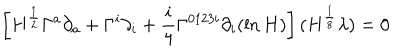
\left[ H ^ { \frac { 1 } { 2 } } \Gamma ^ { a } \partial _ { a } + \Gamma ^ { i } \partial _ { i } + \frac { i } { 4 } \Gamma ^ { 0 1 2 3 i } \partial _ { i } ( \ln H ) \right] ( H ^ { \frac { 1 } { 8 } } \lambda ) = 0